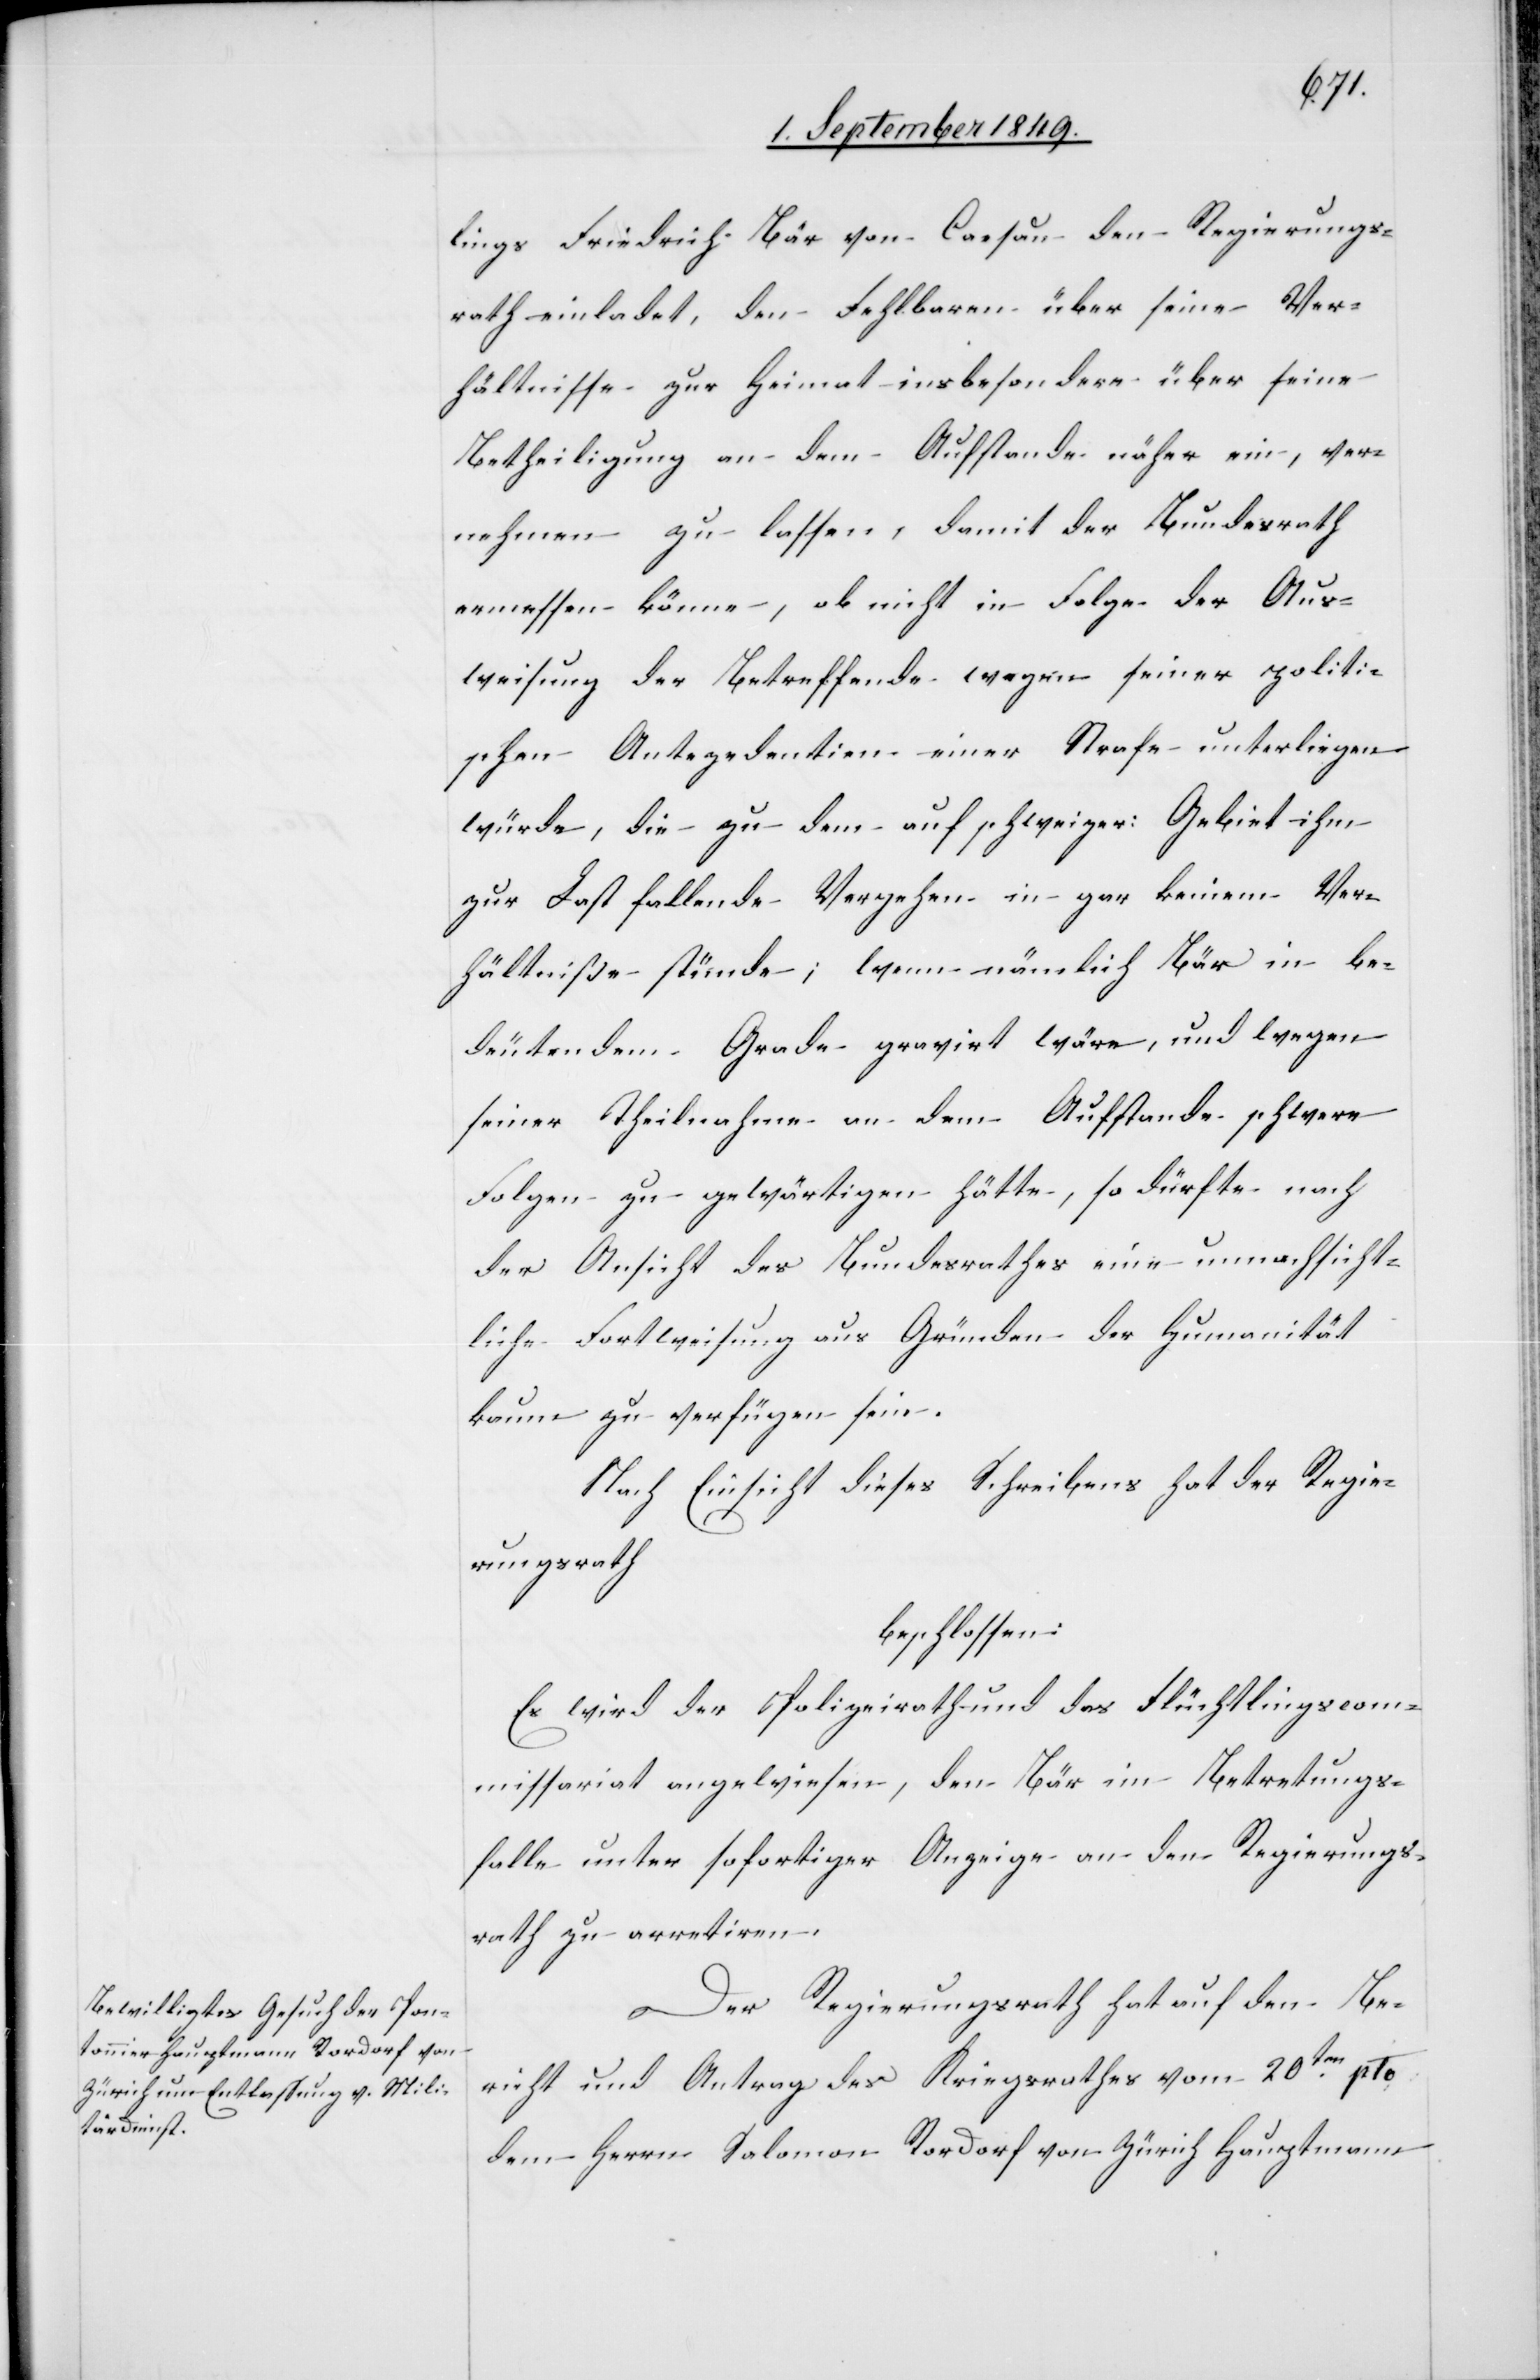
lings Friedrich Bär von Carsau den Regierungs¬
rath einladet, den Fehlbaren über seine Ver¬
hältnisse zur Heimat insbesondere über seien
Betheiligung an dem Aufstande näher einver¬
nehmen zu lassen, damit der Bundesrath
ermessen könne, ob nicht in Folge der Aus¬
weisung der Betreffenden wegen seiner politi¬
schen Antezedentien einer Strafe unterliegen
würde, die zu dem auf schweizer: Gebiet ihm
zur Last fallende Vergehen in gar keinem Ver¬
hältniße stünde; wenn nämlich Bär in be¬
deutendem Grade gravirt wäre, und wegen
seiner Theilnahme an dem Aufstande schwere
Folgen zu gewärtigen hätte, so dürfte nach
der Ansicht des Bundesrathes eine unnachsicht¬
liche Fortweisung aus Gründen der Humanität
kaum zu verfügen sein.
Nach Einsicht dieses Schreibens hat der Regie¬
rungsrath
beschlossen:
Es wird der Polizeirath und des Flüchtlingscom¬
missariat angewiesen, den Bär im Betretungs¬
falle unter sofortiger Anzeige an den Regierungs¬
rath zu arretiren.
Der Regierungsrath hat auf den Be¬
richt und Antrag des Kriegsrathes vom 20ten pto.
dem Herrn Salomon Rordorf von Zürich Hauptmann